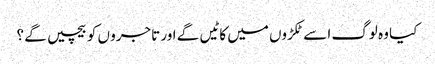
کیا وہ لوگ ا سے ٹکڑوں میں کا ٹیں گے اور تاجرو ں کو بیچیں گے ؟